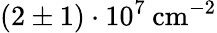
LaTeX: (2\pm 1)\cdot 10^{7}\: \mathrm{cm}^{-2}